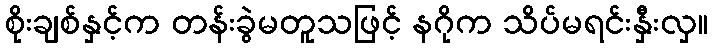
စိုးချစ်နှင့်က တန်းခွဲမတူသဖြင့် နဂိုက သိပ်မရင်းနှီးလှ။